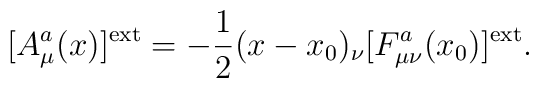
[A_\mu^a(x)]^{\rm ext}=-\frac{1}{2}(x-x_0)_\nu[F^a_{\mu\nu}(x_0)]^{\rm ext}.